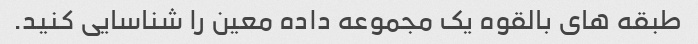
طبقه های بالقوه یک مجموعه داده معین را شناسایی کنید.